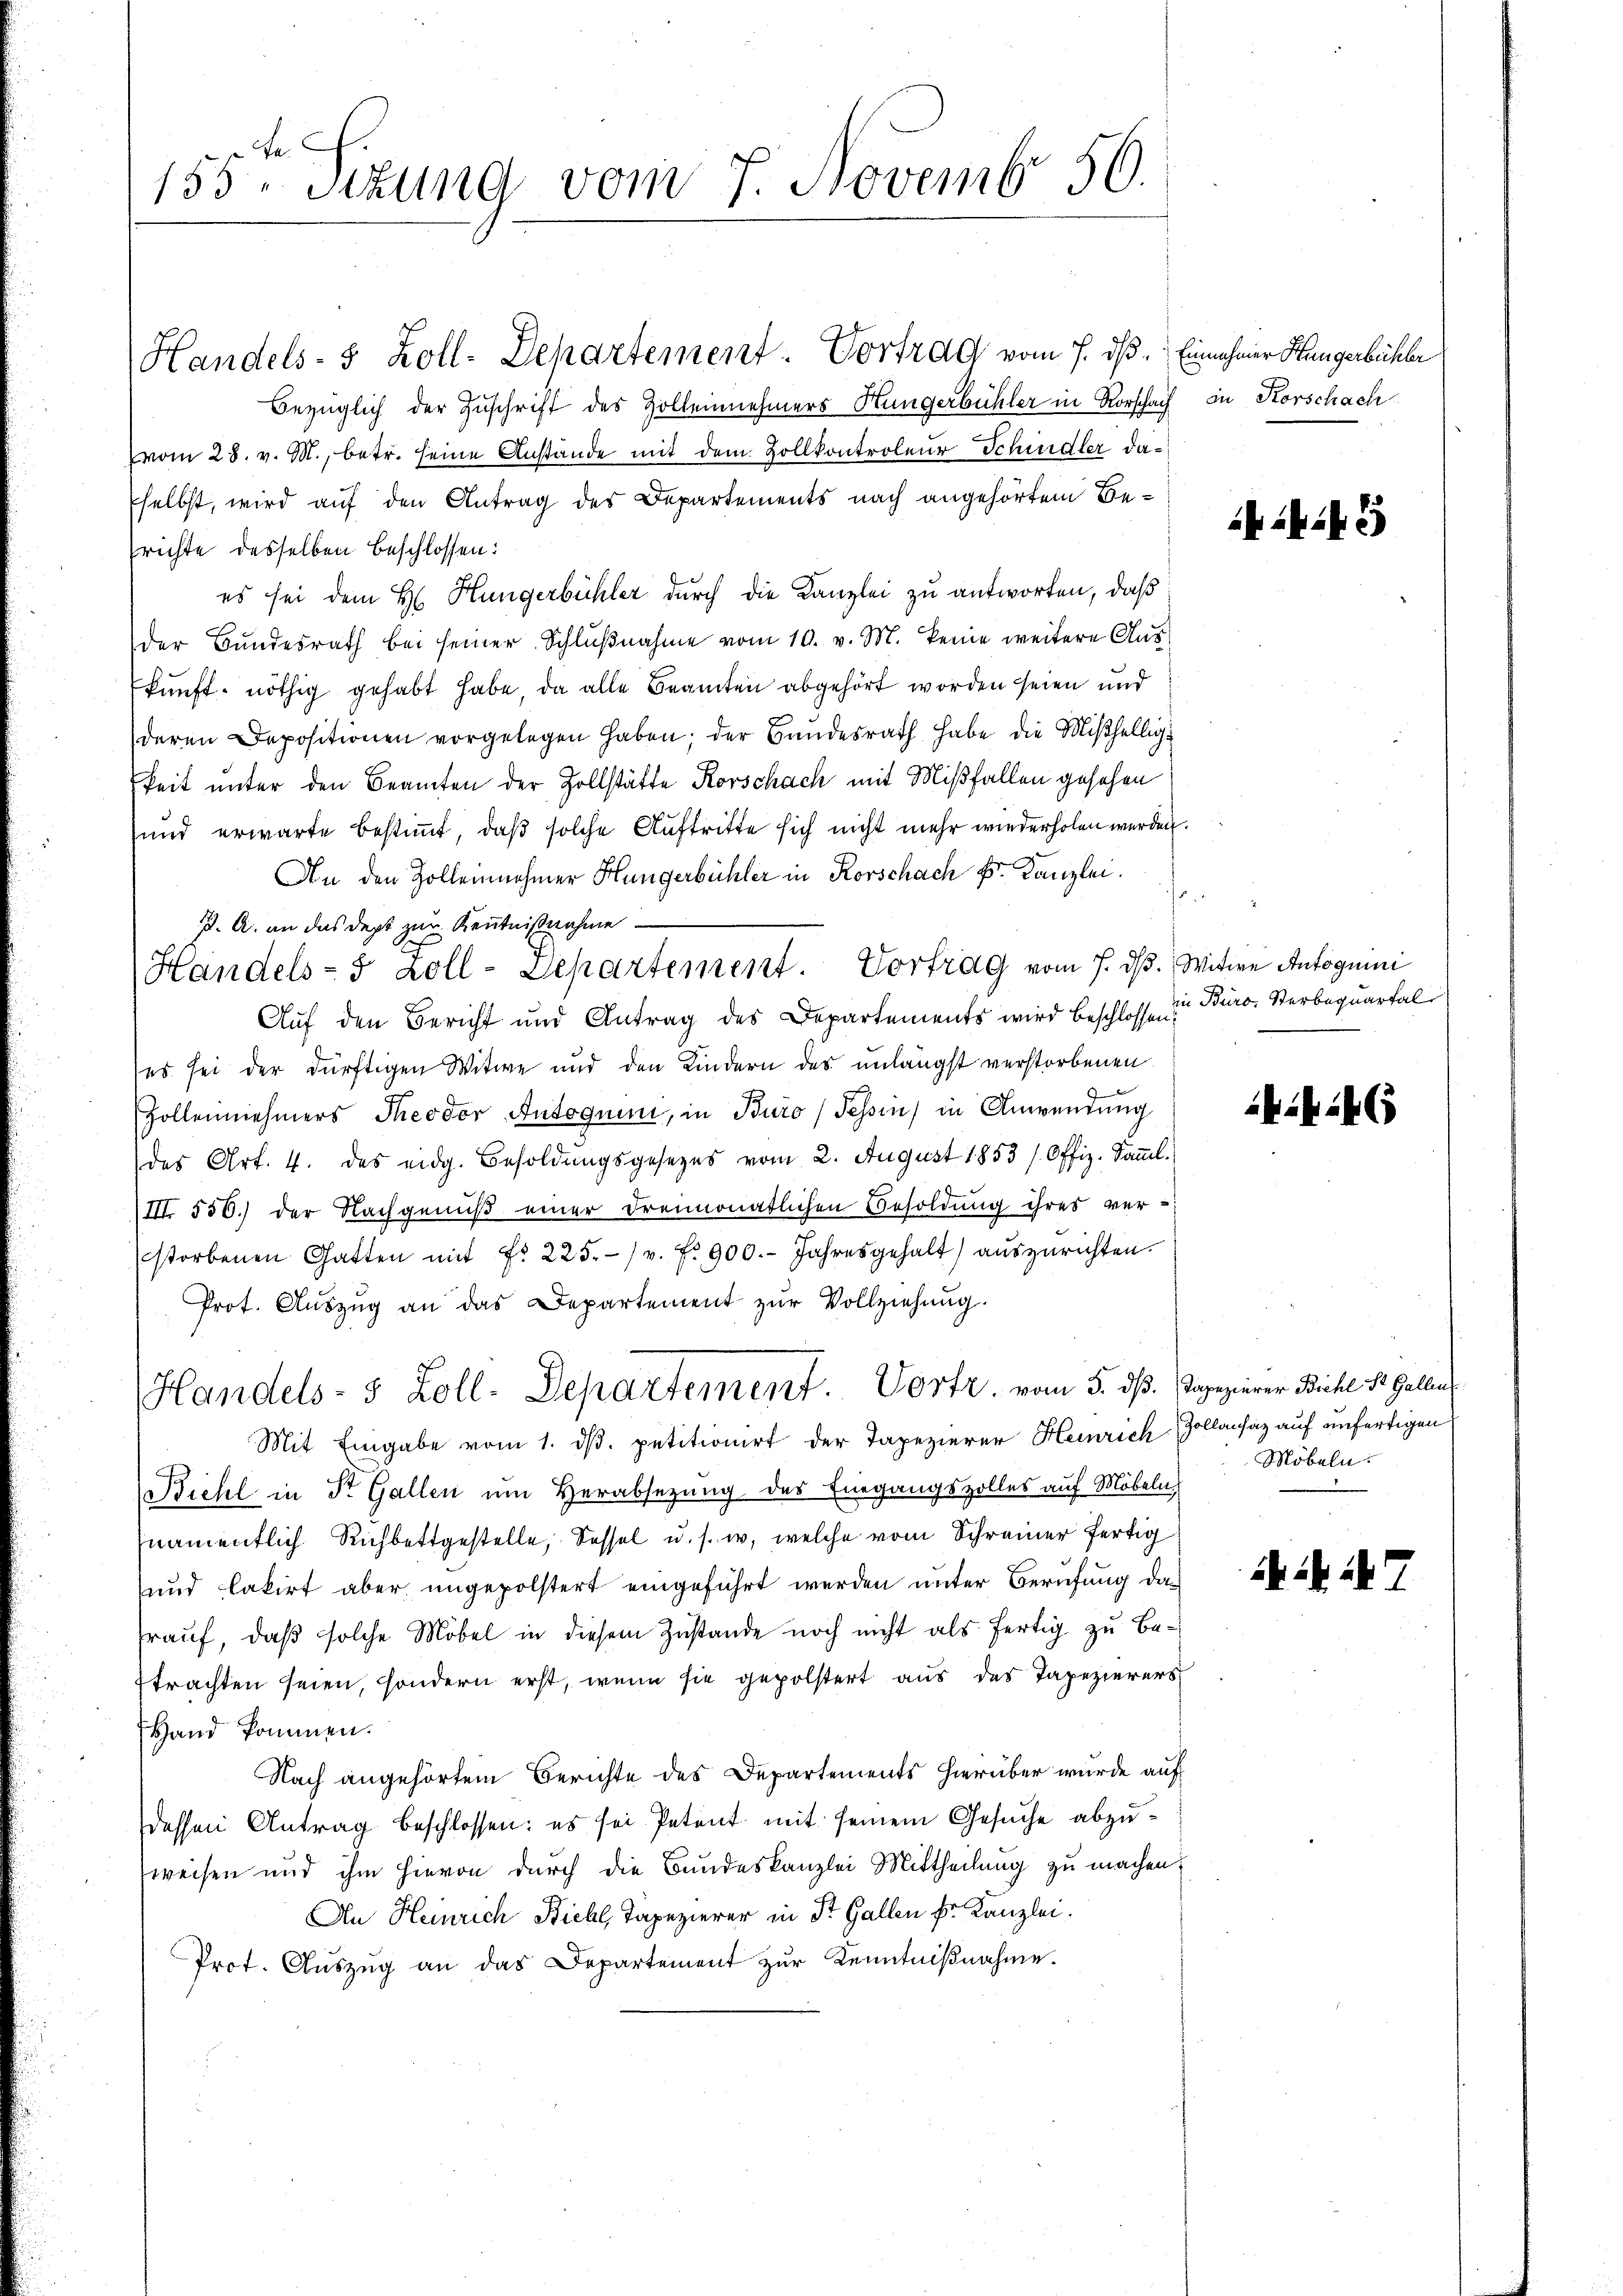
155ten Sizung vom 7. Novemb. 50.

Bezüglich der Zuschrift des Zollennehmers Hungerbühler in Rorschach in Korschach
vom 28. v. M., betr. seine Anstände mit dem Zollkontroleur Schindler da¬
Eselbst, wird auf den Antrag des Departements nach angehörtem Besrichte desselben beschlossen:
es sei dem H. Hungerbühler durch die Kanzlei zu antworten, daß
der Bundesrath bei seiner Schlŭβnahme vom 10. v. M. keine weitere Auskunft nöthig gehabt habe, da alle Beamten abgehört worden seien und
deren Depositionen vorgelegen haben; der Bundesrath habe die Mißhellig
keit unter den Beamten der Zollstätte Korschach mit Mißfallen gesehen
und erwarte bestimmt, daß solche Auftritte sich nicht mehr wiederholen werden.
An den Zolleinnehmer Hungerbühler in Korschach Fr. Kanzlei.
J. A. an das Dept zur Kenntnißnahme
Handels- 5 Zoll- Separtement. Vortrag vom 7. ds. Witwe Autoguini
Auf den Bericht und Antrag des Departements wird beschlossen:
es sei der dürftigen Witwe und den Kindern des unlängst verstorbenen
Zollennehmers Theodor Autoguin, in Buro (Tessin in Anwendung
des Art. 4. des eidg. Besoldŭngsgesezes vom 2. August 1853 / Offiz. Samml.
III. 550.) der Nachgenuß einer dreimonatlichen Besoldung ihres ver-
storbenen Gatten mit Fr. 225. v. fr. 900.- Jahresgehalt) auszurichten.
Prot. Aŭszŭg an das Departement zŭr Vollziehung.
Handels- 5 Zoll-Departement. Vortr. vom 5. dß. Tapezierer Bichl St Gallen
Mit Eingabe vom 1. ds. petitionirt der Tapezierer Heinrich Zollansaz auf unfertigen
Bichl in St. Gallen um Herabsezung des Eingangszolles auf Möbeln
namentlich Richbettgestelle, Sessel u. s. w. welche vom Schreiner fertig
und lakirt aber ungepolstert eingeführt werden unter Berufung das
rauf, daß solche Möbel in diesem Zustande noch nicht als fertig zu beetrachten seien, sondern erst, wenn sie gepolstert aus des Tapezierers
Hand kommen.
Nach angehörtem Berichte des Departements hierüber wurde auf
dessen Antrag beschlossen: es sei Petent mit seinem Gesuche abzuweisen und ihm hievon durch die Bundeskanzlei Mittheilung zu machen,
An Heinrich Bichl, Tapezierer in St. Gallen Fr. Kanzlei.
Prot. Aŭszŭg an das Departement zŭr Kenntniβnahme.

Handels- & Zoll-Departement. Vortrag vom 7. ds. Einnahmer Hangerbüchler

ELBERS

in Büro, Sterbequartal

246

Möbeln.

ki i